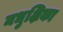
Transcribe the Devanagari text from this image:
मधुक्षिका